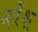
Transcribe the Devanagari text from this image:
नरेंश